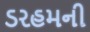
ડરહમની